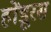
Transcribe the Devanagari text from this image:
होंडूरस